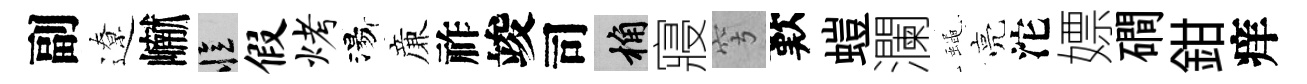
副遼𪩘忆假烤湯亷祚竣司桷寢穹歎螘瀾蠅亮沱嫖磵鉗痒